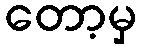
တော့မှ